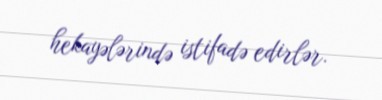
hekayələrində istifadə edirlər.